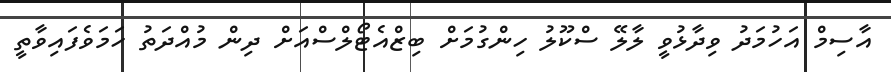
އާސިމް އަހުމަދު ވިދާޅުވީ ލާލޭ ސްކޫލު ހިންގުމަށް ބިޒްއެޓޯލްސްއަށް ދިން މުއްދަތު ހަމަވެފައިވާތީ